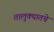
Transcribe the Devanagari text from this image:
तालुक्यातचे